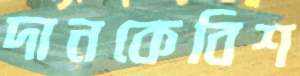
দানকেবিশ